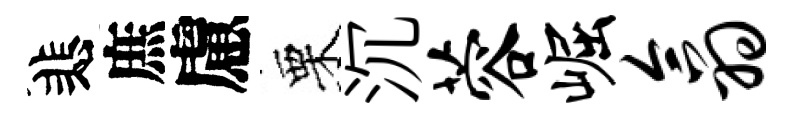
悲庶慮栗沉蓉崛翕